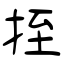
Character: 挃